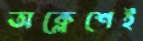
অক্লেশেই